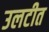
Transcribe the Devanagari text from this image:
उलटीत